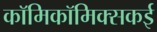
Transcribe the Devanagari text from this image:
काॅमिकॉमिक्सकई